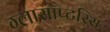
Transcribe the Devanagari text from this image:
ग्लासॉप्टरिस